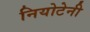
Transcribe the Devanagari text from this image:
नियोटेनी